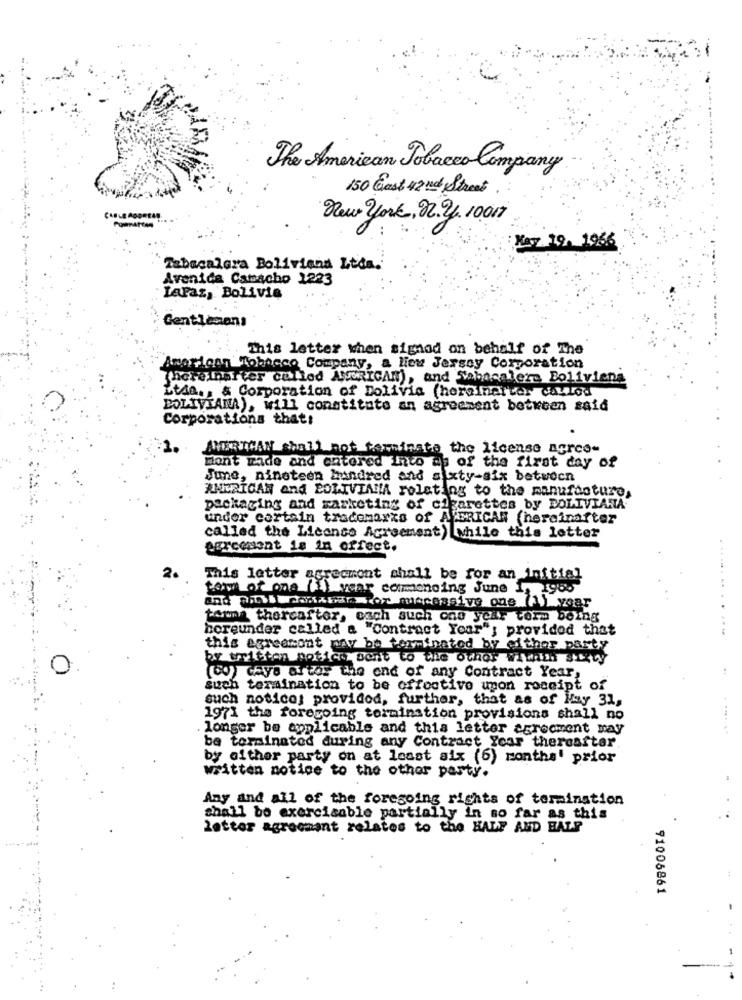
The American Tobacco Company
150 East 42 nd Street
New york, 12. 2. 10017
Kay 19. 1966
Tabacalera Boliviana Ltda.
Avenida Camacho 1223
LaPaz, Bolivia
Gentlemens
This letter when signod on behalf of The
American Tobacco Company, a New Jersey Corporation
There har ver called AMERICAN), and Shaincalera Boliviens
Ltda ., & Corporation of Dolivia (heroinarter caulod
BOLIVIANA), will constitute an agreement between said
Corporations that:
MERMAN shall not terminate the license agree-
mont rade and entered into as of the first day of
June, nineteen hundred and sixty-aix between
AMERICAN and BOLIVIANA Folating to the manufacture,
packaging and marketing of cigarettes by BOLIVIANA
under certain trademarks of AfFRICAN (hereinafter
called the License Agreement) while this letter
agreement is in offect.
2.
This letter agreement shall be for an initial
town of ona (1) vear commencing June 1, 1985
and pulli donarar for macessive one (A) wear
torna thereafter, each such one year torm bolag
boreunder called & "Contract Year's provided that
.............
this agreesont maw be terminated by either party
by written notice sent to the other wiwith sixty
0
(Co) cayo artor the end of any Contract Year,
such termination to be offoctive umon roseipt of
such noticej provided, further, that as of Hay 31,
1971 the foregoing termination provisions shall no
longer be applicable and this letter agreement may
.......
be terminated during any Contract Year thereafter
by either party on at least six (6) months' prior
written notice to the other party.
Any and all of the foregoing rights of termination
shall be exercisable partially in so far as this
letter agrecmant relates to the HALF AND HALF
91006861